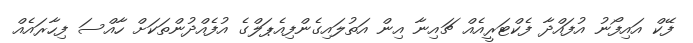
ފޭކް އައިފޯނު އުފައްދާ ފެކްޓަރީއެއް ޗައިނާ އިން އަތުލައިގެންފިއެޕަލްގެ އުފެއްދުންތަކަށް ހާއްސަ ފިހާރައެއް